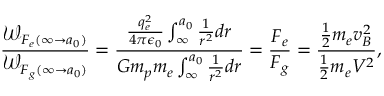
\frac { \mathcal W _ { F _ { e } ( \infty \rightarrow a _ { 0 } ) } } { \mathcal W _ { F _ { g } ( \infty \rightarrow a _ { 0 } ) } } = \frac { \frac { q _ { e } ^ { 2 } } { 4 \pi \epsilon _ { 0 } } \int _ { \infty } ^ { a _ { 0 } } \frac { 1 } { r ^ { 2 } } d r } { G m _ { p } m _ { e } \int _ { \infty } ^ { a _ { 0 } } \frac { 1 } { r ^ { 2 } } d r } = \frac { F _ { e } } { F _ { g } } = \frac { \frac { 1 } { 2 } m _ { e } v _ { B } ^ { 2 } } { \frac { 1 } { 2 } m _ { e } V ^ { 2 } } ,